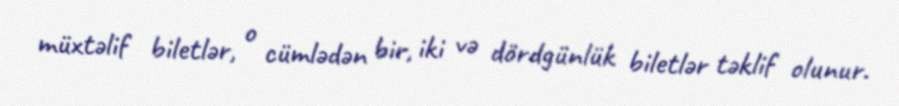
müxtəlif biletlər, o cümlədən bir, iki və dördgünlük biletlər təklif olunur.